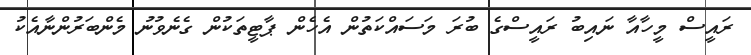
ރައީސް މީހާއާ ނައިބު ރައީސްގެ ބުރަ މަސައްކަތުން އެހެން ޕާޓީތަކުން ގެނެވުނު މެންބަރުންނާއެކު